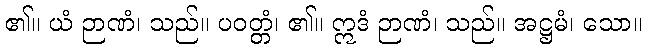
၏။ ယံ ဉာဏံ၊ သည်။ ပဝတ္တံ၊ ၏။ ဣဒံ ဉာဏံ၊ သည်။ အဋ္ဌမံ၊ သော။